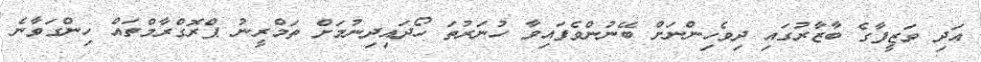
އަދި ވަޒީފާގެ ބާޒާރުގައި ދިވެހިންނަށް ބޭނުންވެފައިވާ ހުނަރުތަ ހޯދައިދިނުމަށް ތަމްރީނު ޕްރޮގްރާމްތައް ހިންގަވާނެ